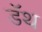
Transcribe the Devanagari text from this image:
डॅथ